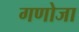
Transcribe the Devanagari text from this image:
गणोजा